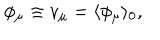
\phi _ { \mu } \equiv v _ { \mu } = \langle \phi _ { \mu } \rangle _ { 0 } ,